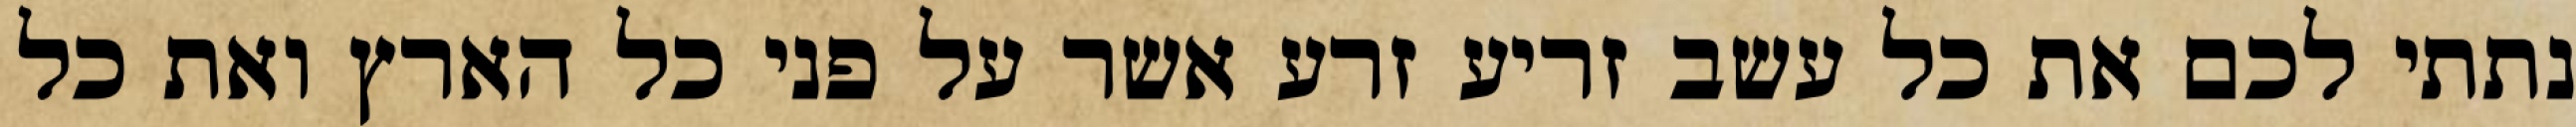
נתתי לכם את כל עשב זריע זרע אשר על פני כל הארץ ואת כל